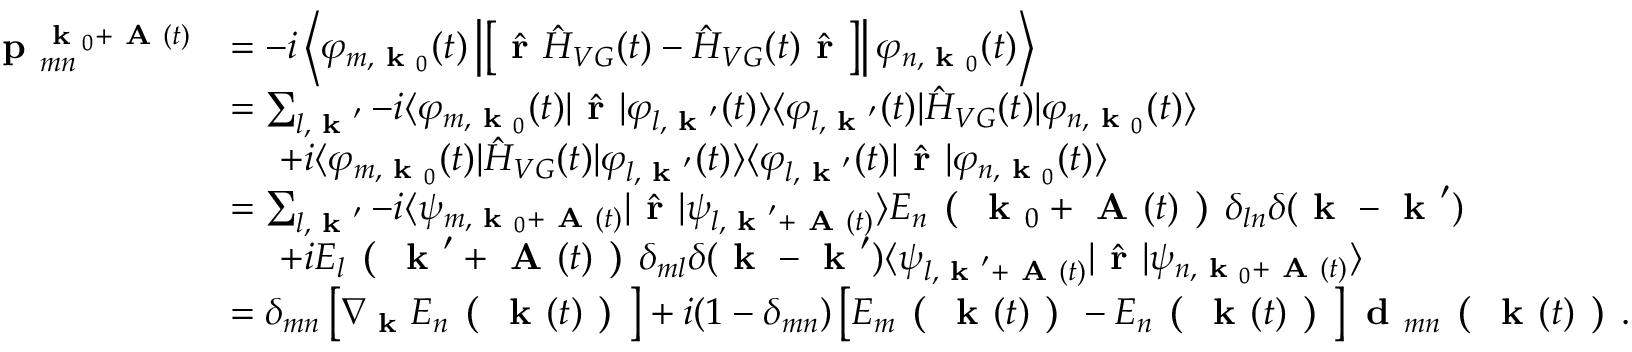
\begin{array} { r l } { \textbf { p } _ { m n } ^ { \textbf { k } _ { 0 } + \textbf { A } ( t ) } } & { = - i \left\langle \varphi _ { m , \textbf { k } _ { 0 } } ( t ) \left| \left[ \hat { \textbf { r } } \hat { H } _ { V G } ( t ) - \hat { H } _ { V G } ( t ) \hat { \textbf { r } } \right] \right| \varphi _ { n , \textbf { k } _ { 0 } } ( t ) \right\rangle } \\ & { = \sum _ { l , \textbf { k } ^ { \prime } } - i \langle \varphi _ { m , \textbf { k } _ { 0 } } ( t ) | \hat { \textbf { r } } | \varphi _ { l , \textbf { k } ^ { \prime } } ( t ) \rangle \langle \varphi _ { l , \textbf { k } ^ { \prime } } ( t ) | \hat { H } _ { V G } ( t ) | \varphi _ { n , \textbf { k } _ { 0 } } ( t ) \rangle } \\ & { \ \ \ \ + i \langle \varphi _ { m , \textbf { k } _ { 0 } } ( t ) | \hat { H } _ { V G } ( t ) | \varphi _ { l , \textbf { k } ^ { \prime } } ( t ) \rangle \langle \varphi _ { l , \textbf { k } ^ { \prime } } ( t ) | \hat { \textbf { r } } | \varphi _ { n , \textbf { k } _ { 0 } } ( t ) \rangle } \\ & { = \sum _ { l , \textbf { k } ^ { \prime } } - i \langle \psi _ { m , \textbf { k } _ { 0 } + \textbf { A } ( t ) } | \hat { \textbf { r } } | \psi _ { l , \textbf { k } ^ { \prime } + \textbf { A } ( t ) } \rangle E _ { n } \textbf { ( } \textbf { k } _ { 0 } + \textbf { A } ( t ) \textbf { ) } \delta _ { l n } \delta ( \textbf { k } - \textbf { k } ^ { \prime } ) } \\ & { \ \ \ \ + i E _ { l } \textbf { ( } \textbf { k } ^ { \prime } + \textbf { A } ( t ) \textbf { ) } \delta _ { m l } \delta ( \textbf { k } - \textbf { k } ^ { \prime } ) \langle \psi _ { l , \textbf { k } ^ { \prime } + \textbf { A } ( t ) } | \hat { \textbf { r } } | \psi _ { n , \textbf { k } _ { 0 } + \textbf { A } ( t ) } \rangle } \\ & { = \delta _ { m n } \left[ \nabla _ { \textbf { k } } E _ { n } \textbf { ( } \textbf { k } ( t ) \textbf { ) } \right] + i ( 1 - \delta _ { m n } ) \left[ E _ { m } \textbf { ( } \textbf { k } ( t ) \textbf { ) } - E _ { n } \textbf { ( } \textbf { k } ( t ) \textbf { ) } \right] \textbf { d } _ { m n } \textbf { ( } \textbf { k } ( t ) \textbf { ) } . } \end{array}